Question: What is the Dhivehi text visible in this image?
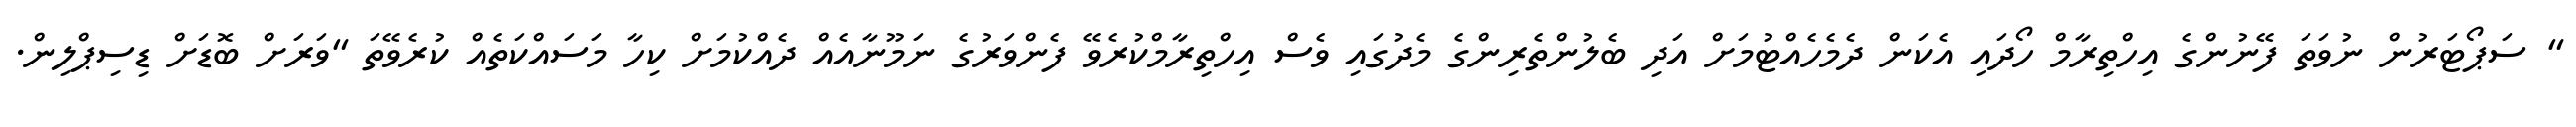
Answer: " ސަޕޯޓަރުން ނުވަތަ ފޭނުންގެ އިހްތިރާމް ހޯދައި އެކަން ދެމެހެއްޓުމަށް އަދި ބެލުންތެރިންގެ މެދުގައި ވެސް އިހްތިރާމްކުރެވޭ ފެންވަރުގެ ނަމޫނާއެއް ދެއްކުމަށް ކިހާ މަސައްކަތެއް ކުރެވޭތަ "ވަރަށް ބޮޑަށް ޑިސިޕްލިން.